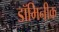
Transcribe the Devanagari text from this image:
डॉमिनीक